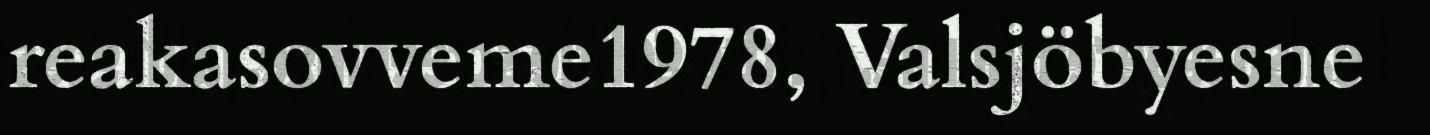
reakasovveme1978, Valsjöbyesne